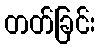
တတ်ခြင်း